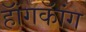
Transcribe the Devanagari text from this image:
हॅांगकॅांग